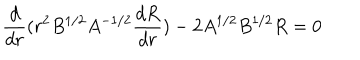
\frac { d } { d r } ( r ^ { 2 } B ^ { 1 / 2 } A ^ { - 1 / 2 } \frac { d R } { d r } ) - 2 A ^ { 1 / 2 } B ^ { 1 / 2 } R = 0